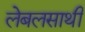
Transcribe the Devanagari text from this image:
लेबलसाथी